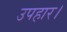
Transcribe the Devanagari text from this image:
उपहार।